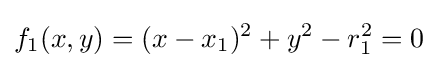
f_{1}(x,y)=(x-x_{1})^{2}+y^{2}-r_{1}^{2}=0